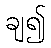
ချ၍